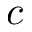
c